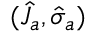
( \hat { J } _ { a } , \hat { \sigma } _ { a } )